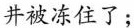
井被冻住了；